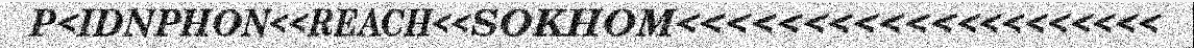
P<IDNPHON<<REACH<<SOKHOM<<<<<<<<<<<<<<<<<<<<